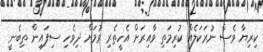
ކިރިޔާ ވެސް ނުރަކަލެއް ކުރިމަތި ވާއިރަށް އެހީތެރި ވުމަށް ދިވެހި ސިފައިން ތިބެނީ